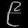
Digit: ၉